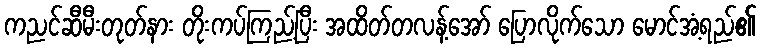
ကညင်ဆီမီးတုတ်နား တိုးကပ်ကြည့်ပြီး အထိတ်တလန့်အော် ပြောလိုက်သော မောင်အံ့ရည်၏